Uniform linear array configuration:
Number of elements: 4
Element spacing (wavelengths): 1
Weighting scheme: hamming
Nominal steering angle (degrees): -30
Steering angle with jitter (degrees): -28.566
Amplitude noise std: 0.05
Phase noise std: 0.05

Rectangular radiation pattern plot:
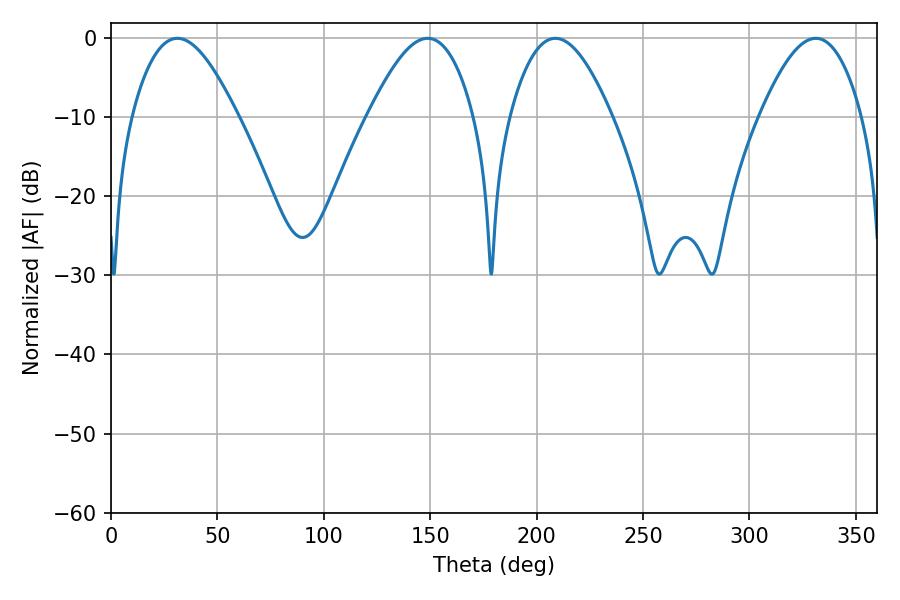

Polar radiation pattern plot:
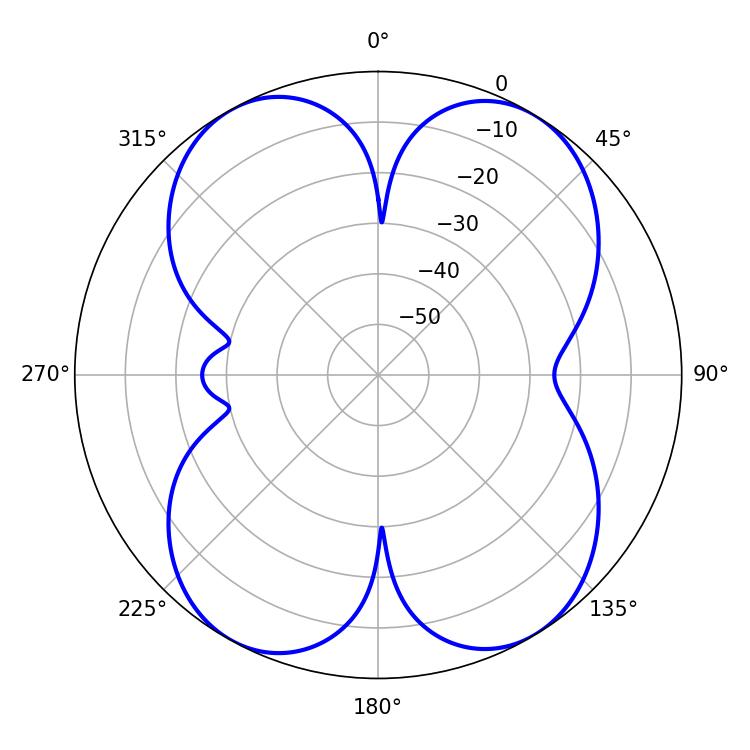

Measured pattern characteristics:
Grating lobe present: TRUE
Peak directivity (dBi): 15.006
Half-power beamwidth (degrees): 26.1
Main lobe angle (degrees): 208.8